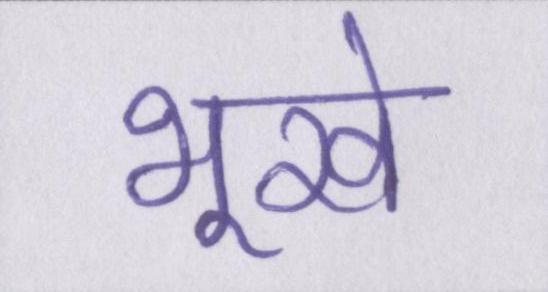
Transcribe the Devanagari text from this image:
भूखे